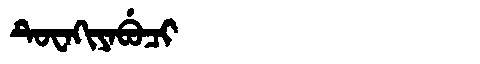
Manchu: ᡨᡠᠸᠠᡴᡳᠶᠠᠪᡠᠴᡳ
Romanization: TUWAKIYABUCI